Lunatic asylums Punjab 1868-1880 - 1868-1880
Year: 1868
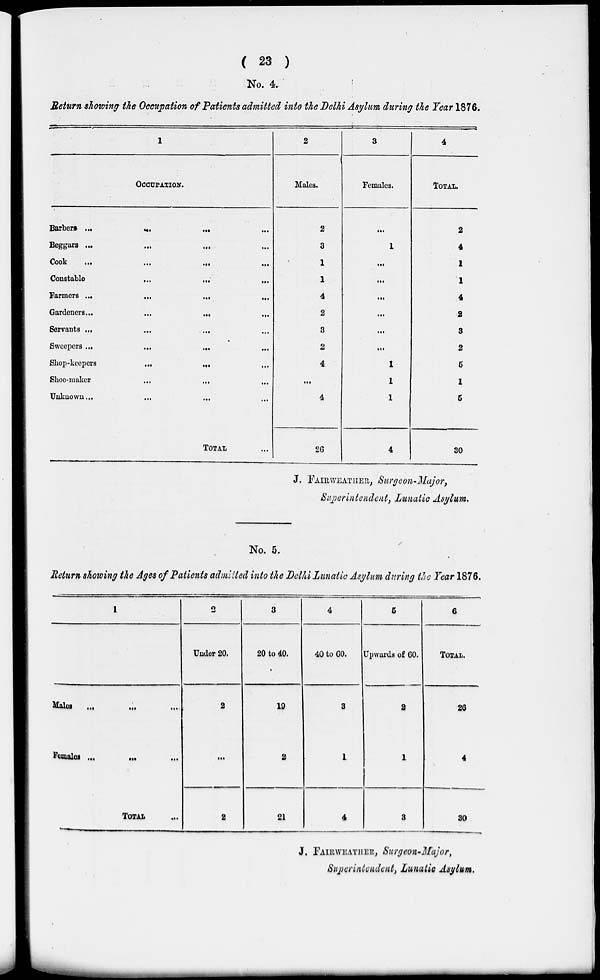
( 23 )
No. 4.
Return showing the Occupation of Patients admitted into the Delhi Asylum during the Year 1876.
1
OCCUPATION.
Barbers
...
...
...
...
Beggars
...
...
...
...
Cook
...
...
...
...
Constable
...
...
...
...
Farmers
...
...
...
...
Gardeners
...
...
...
...
Servants
...
...
...
...
Sweepers
...
...
...
...
Shop-keepers
...
...
...
...
Shoe-maker
...
...
...
...
Unknown ... ... ... ...
TOTAL ...
2
Males.
2
3
1
1
4
2
3
2
4
...
4
26
3
Females.
...
1
...
...
...
...
...
...
1
1
1
4
4
TOTAL.
2
4
1
1
4
2
8
2
5
1
5
30
J. FAIRWEATHER, Surgeon-Major,
Superintendent, Lunatic Asylum.
No. 5.
Return showing the Ages of Patients admitted into the Delhi Lunatic Asylum during the Tear 1876.
1
Males
...
...
...
Females ... ... ...
TOTAL
...
2
Under 20.
2
...
2
3
20 to 40.
18
2
21
4
40 to 60.
8
1
4
5
Upwards of 60.
2
1
8
6
TOTAL
26
4
80
J. FAIRWEATHER, Surgeon-Major,
Superintendent, Lunatic Asylum.